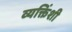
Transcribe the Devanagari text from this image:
व्यक्तिंशी